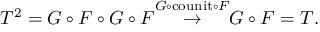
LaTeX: T ^ { 2 } = G \circ F \circ G \circ F { \stackrel { G \circ { \mathrm { c o u n i t } } \circ F } { \to } } G \circ F = T .